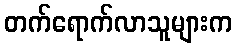
တက်ရောက်လာသူများက